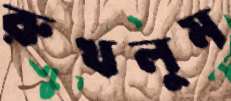
রুখলুম